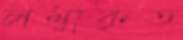
লম্বাকৃত